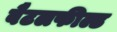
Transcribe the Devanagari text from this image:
बैटलफील्ड